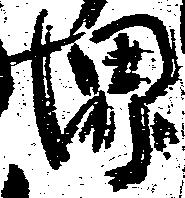
堺